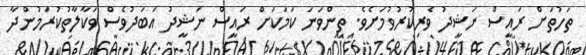
ތަހުތަށް ރައީސް ނަޝީދު ވެރިކުރުވުމަށެވެ. ތިންވަނަ ކަމަކަށް ރައީސް ނަޝީދު އަބަދުވެސް ވަކާލާތުކުރަމުންދާ